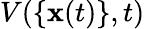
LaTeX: V(\{ \mathbf{x}(t)\} ,t)